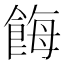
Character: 𩛸